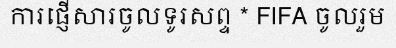
ការផ្ញើសារចូលទូរសព្ទ * FIFA ចូលរួម